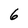
Character: 6